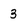
Character: 3